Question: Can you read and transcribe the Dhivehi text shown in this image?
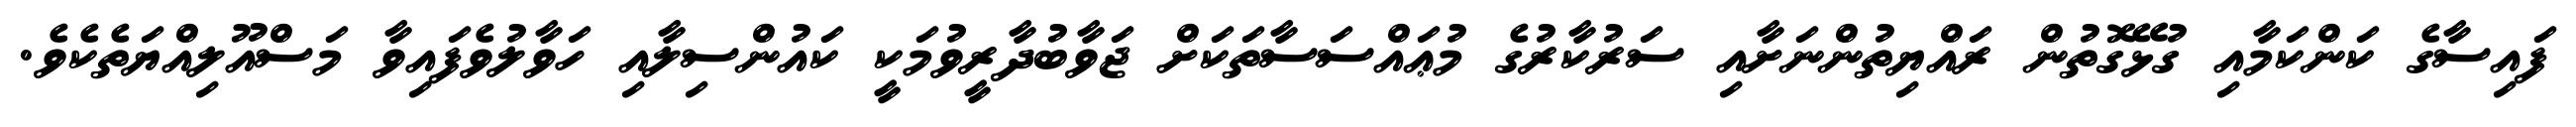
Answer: ފައިސާގެ ކަންކަމާއި ގުޅޭގޮތުން ރައްޔިތުންނަށާއި ސަރުކާރުގެ މުޢައްސަސާތަކަށް ޖަވާބުދާރީވުމަކީ ކައުންސިލާއި ހަވާލުވެފައިވާ މަސްއޫލިއްޔަތެކެވެ.